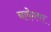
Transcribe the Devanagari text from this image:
चाफेश्वर